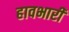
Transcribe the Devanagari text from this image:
हावभारी